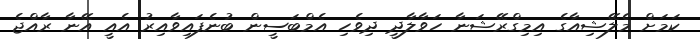
ކަމަށް މެލޭޝިއާގެ އިމިގްރޭޝަނާ ހަވާލާދީ ދިވެހި އެމްބަސީން ބުނެފައިވާއިރު އެއީ އޭނާ ރާއްޖެ